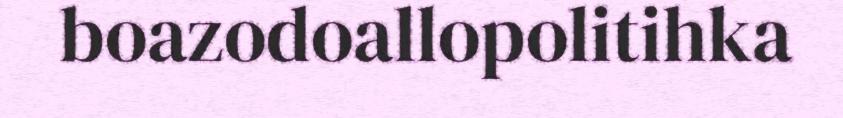
boazodoallopolitihka